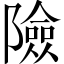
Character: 險